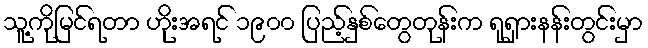
သူ့ကိုမြင်ရတာ ဟိုးအရင် ၁၉၀၀ ပြည့်နှစ်တွေတုန်းက ရုရှားနန်းတွင်းမှာ